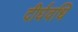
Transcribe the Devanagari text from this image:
दीर्घवधि